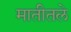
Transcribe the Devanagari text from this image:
मातीतले